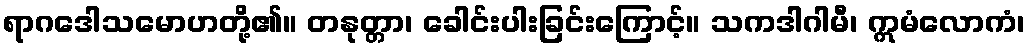
ရာဂဒေါသမောဟတို့၏။ တနုတ္တာ၊ ခေါင်းပါးခြင်းကြောင့်။ သကဒါဂါမီ၊ ဣမံလောကံ၊